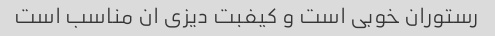
رستوران خوبی است و کیفبت دیزی ان مناسب است